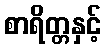
စာရိတ္တနှင့်